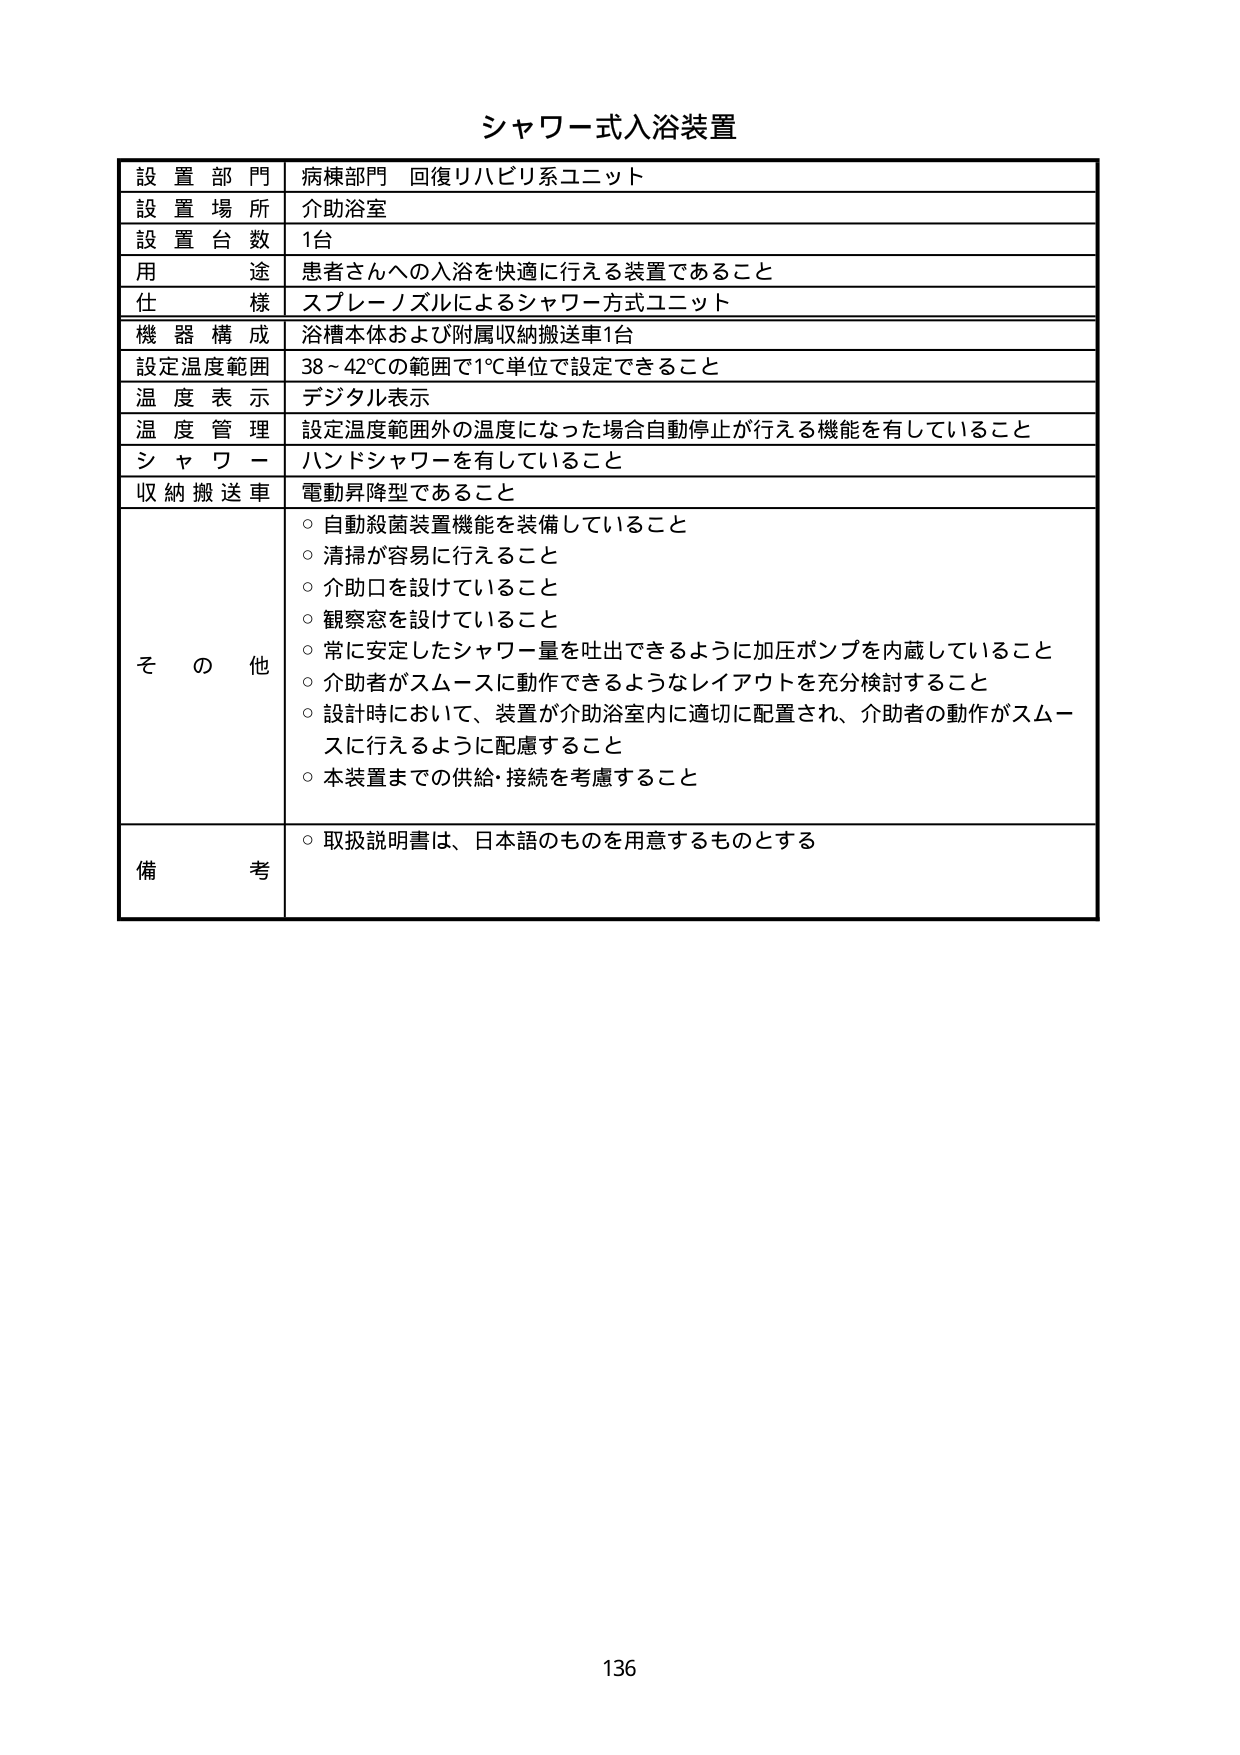
シャワー式入浴装置

設置部門 病棟部門 回復リハビリ系ユニット
設置場所 介助浴室
設置台数 1台
用途 患者さんへの入浴を快適に行える装置であること
仕様 スプレーノズルによるシャワー方式ユニット
機器構成 浴槽本体および附属収納搬送車1台
設定温度範囲 38～42℃の範囲で1℃単位で設定できること
温度表示 デジタル表示
温度管理 設定温度範囲外の温度になった場合自動停止が行える機能を有していること
シャワー ハンドシャワーを有していること
収納搬送車 電動昇降型であること

その他
○ 自動殺菌装置機能を装備していること
○ 清掃が容易に行えること
○ 介助口を設けていること
○ 観察窓を設けていること
○ 常に安定したシャワー量を吐出できるように加圧ポンプを内蔵していること
○ 介助者がスムースに動作できるようなレイアウトを充分検討すること
○ 設計時において、装置が介助浴室内に適切に配置され、介助者の動作がスムースに行えるように配慮すること
○ 本装置までの供給・接続を考慮すること

備考
○ 取扱説明書は、日本語のものを用意するものとする

136